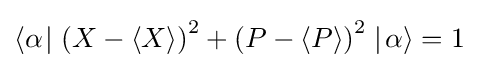
\langle \alpha \!\mid \left({X}-\langle X\rangle \right)^{2}+\left({P}-\langle P\rangle \right)^{2}\mid \!\alpha \rangle =1~